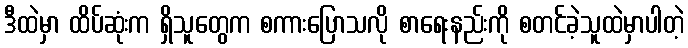
ဒီထဲမှာ ထိပ်ဆုံးက ရှိသူတွေက စကားပြောသလို စာရေးနည်းကို စတင်ခဲ့သူထဲမှာပါတဲ့